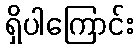
ရှိပါကြောင်း